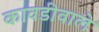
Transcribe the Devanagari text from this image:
कावडीवाले